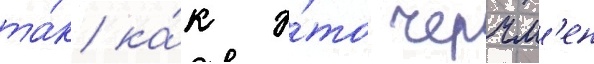
та́к ка́к э́то черчм'ен